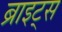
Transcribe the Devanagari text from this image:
ब्राइट्स